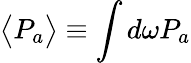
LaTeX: \big<P_{a}\big>\equiv\int d\omega P_{a}